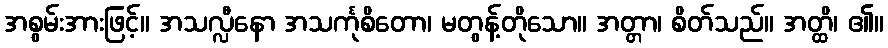
အစွမ်းအားဖြင့်။ အသလ္လီနော အသင်္ကုစိတော၊ မတွန့်တိုသော။ အတ္တာ၊ စိတ်သည်။ အတ္ထိ၊ ၏။